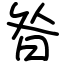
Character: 昝